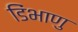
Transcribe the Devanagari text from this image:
डिंभाणु